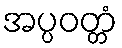
အပ္ပဝတ္တံ